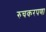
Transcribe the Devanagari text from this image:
रुचकरपणा